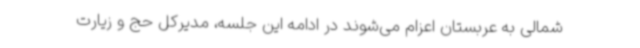
شمالی به عربستان اعزام می‌شوند در ادامه این جلسه، مدیرکل حج و زیارت